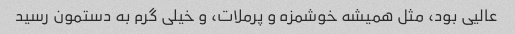
عالیی بود، مثل همیشه خوشمزه و پرملات، و خیلی گرم به دستمون رسید